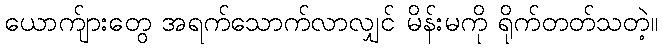
ယောက်ျားတွေ အရက်သောက်လာလျှင် မိန်းမကို ရိုက်တတ်သတဲ့။